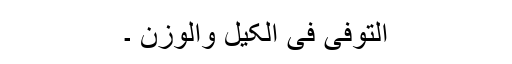
التوفی فی الکیل والوزن ۔